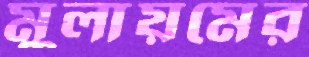
মুলায়মের